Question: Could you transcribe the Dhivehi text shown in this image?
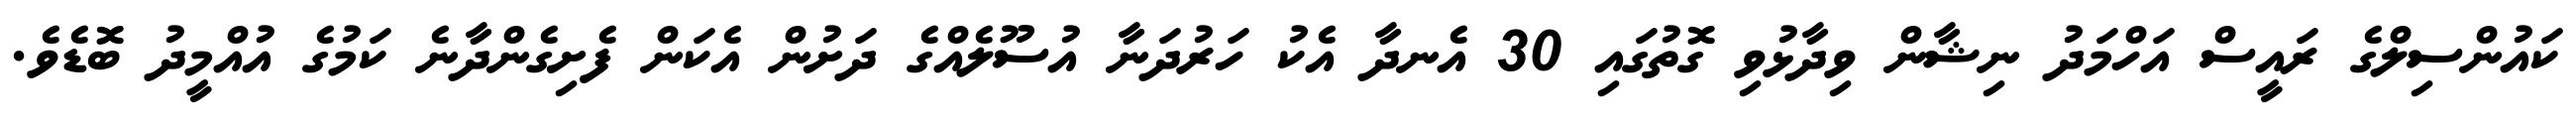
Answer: ކައުންސިލްގެ ރައީސް އަހްމަދު ނިޝާން ވިދާޅުވި ގޮތުގައި 30 އެނދާ އެކު ހަރުދަނާ އުސޫލެއްގެ ދަށުން އެކަން ފެށިގެންދާނެ ކަމުގެ އުއްމީދު ބޮޑެވެ.